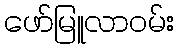
ဖော်မြူလာဝမ်း